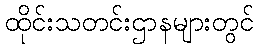
ထိုင်းသတင်းဌာနများတွင်